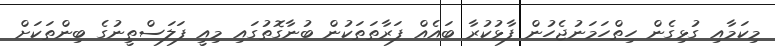
މިކަމާއި ގުޅިގެން ހިތްހަމަނުޖެހުން ފާޅުކުރާ ބައެއް ފަރާތަތަކުން ބުނާގޮތުގައި މިއީ ފަލަސްތީނުގެ ބިންތަކަށް